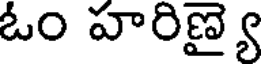
ఓం హరిణ్యై